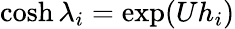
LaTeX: \cosh\lambda_{i}=\exp(Uh_{i})